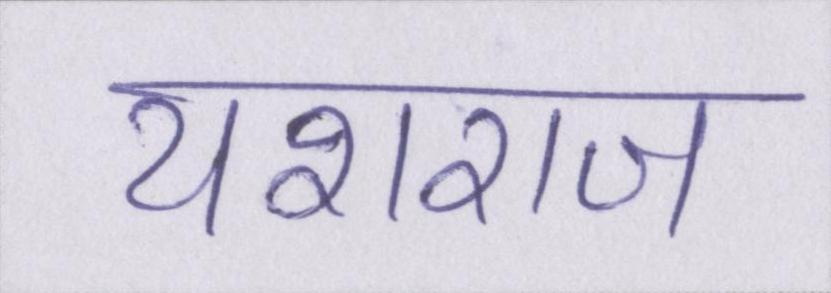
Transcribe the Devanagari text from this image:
यशराज